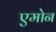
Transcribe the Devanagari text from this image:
एमोन